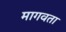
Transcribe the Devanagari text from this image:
मागवता